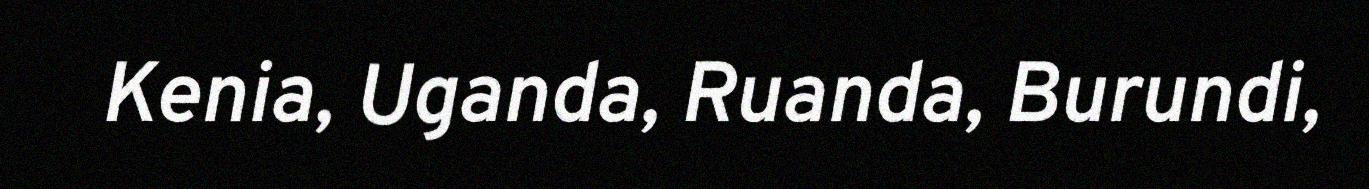
Kenia, Uganda, Ruanda, Burundi,